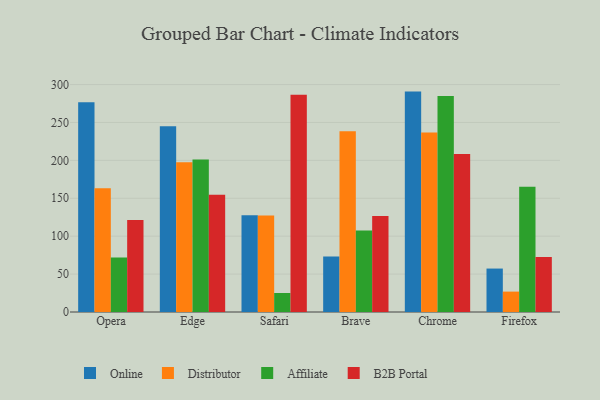
{"axis": {"x": "Browser", "y": "Energy Usage (MWh)"}, "legend": ["Affiliate", "B2B Portal", "Distributor", "Online"], "data": [{"x": "Opera", "y": 276.5, "type": "Online"}, {"x": "Opera", "y": 163.2, "type": "Distributor"}, {"x": "Opera", "y": 71.9, "type": "Affiliate"}, {"x": "Opera", "y": 121.3, "type": "B2B Portal"}, {"x": "Edge", "y": 244.9, "type": "Online"}, {"x": "Edge", "y": 197.4, "type": "Distributor"}, {"x": "Edge", "y": 201.3, "type": "Affiliate"}, {"x": "Edge", "y": 154.6, "type": "B2B Portal"}, {"x": "Safari", "y": 127.5, "type": "Online"}, {"x": "Safari", "y": 127.3, "type": "Distributor"}, {"x": "Safari", "y": 25.1, "type": "Affiliate"}, {"x": "Safari", "y": 286.7, "type": "B2B Portal"}, {"x": "Brave", "y": 73.2, "type": "Online"}, {"x": "Brave", "y": 238.3, "type": "Distributor"}, {"x": "Brave", "y": 107.6, "type": "Affiliate"}, {"x": "Brave", "y": 126.5, "type": "B2B Portal"}, {"x": "Chrome", "y": 290.7, "type": "Online"}, {"x": "Chrome", "y": 236.8, "type": "Distributor"}, {"x": "Chrome", "y": 284.9, "type": "Affiliate"}, {"x": "Chrome", "y": 208.5, "type": "B2B Portal"}, {"x": "Firefox", "y": 57.3, "type": "Online"}, {"x": "Firefox", "y": 26.9, "type": "Distributor"}, {"x": "Firefox", "y": 165.3, "type": "Affiliate"}, {"x": "Firefox", "y": 72.4, "type": "B2B Portal"}]}